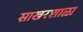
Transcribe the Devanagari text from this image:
साखरशाळा